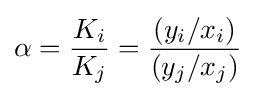
\alpha ={\frac {K_{i}}{K_{j}}}={\frac {(y_{i}/x_{i})}{(y_{j}/x_{j})}}